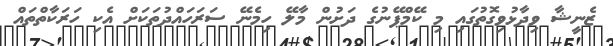
ޒެނީޝާ ވިދާޅުވިގޮތުގައި މި ކޭމްޕޭނުގެ ދަށުން މާލޭ ހިމެނޭ ސަރަހައްދުތަކަށް އެކި ހަރަކާތްތައް